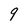
Character: 9